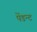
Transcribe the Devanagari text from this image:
पेंडन्ट